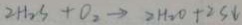
2 H _ { 2 } S + O _ { 2 } \rightarrow 2 H _ { 2 } O + 2 S \downarrow